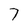
Character: 7